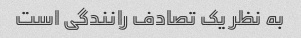
به نظر یک تصادف رانندگی است